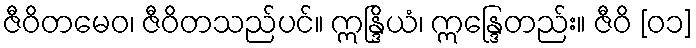
ဇီဝိတမေဝ၊ ဇီဝိတသည်ပင်။ ဣန္ဒြိယံ၊ ဣန္ဒြေတည်း။ ဇီဝိ [၀၁]